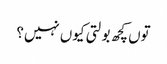
توں کچھ بولتی کیوں نہیں؟